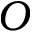
O